Indian journal of veterinary science and animal husbandry - Volume 9,
Year: 1939
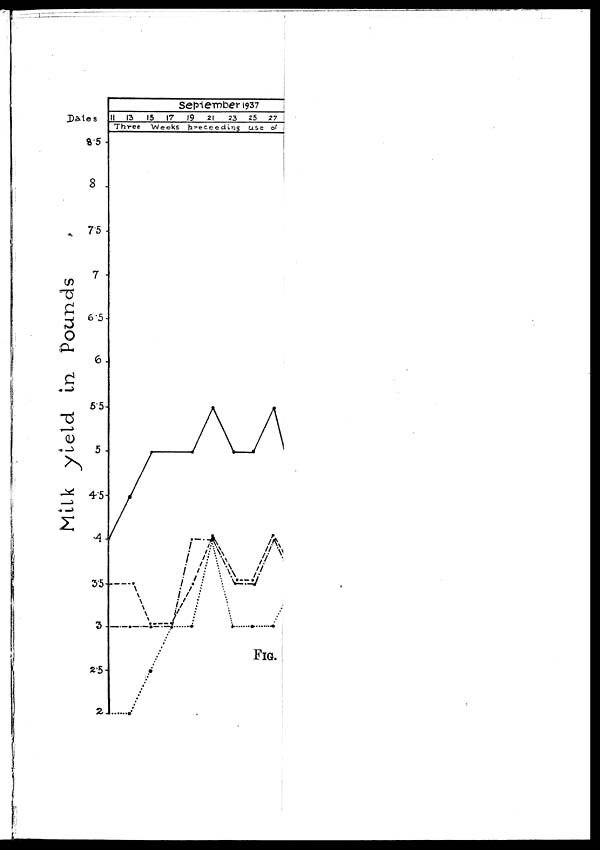
FIG.